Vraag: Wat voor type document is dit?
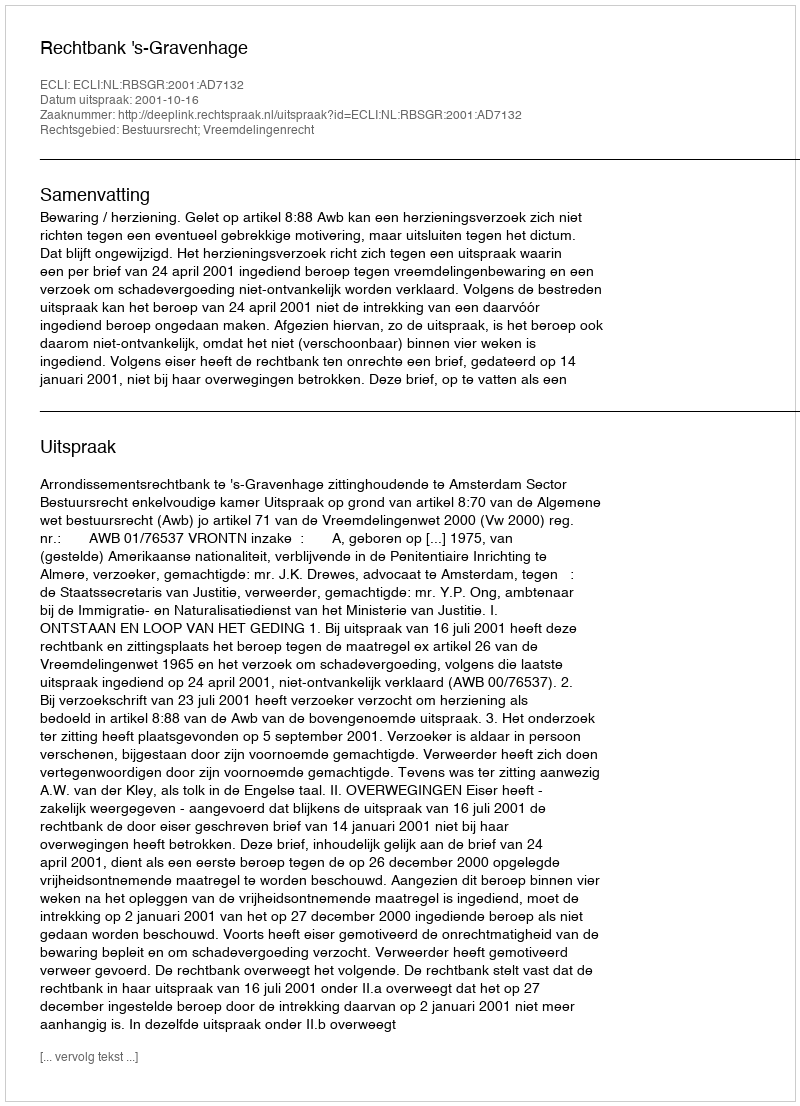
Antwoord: Uitspraak